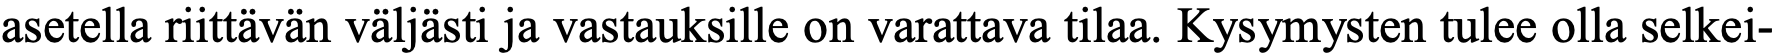
asetella riittävän väljästi ja vastauksille on varattava tilaa. Kysymysten tulee olla selkei-